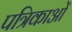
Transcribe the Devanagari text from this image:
पत्रिकाआें